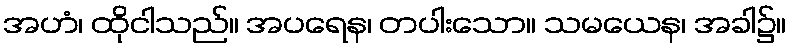
အဟံ၊ ထိုငါသည်။ အပရေန၊ တပါးသော။ သမယေန၊ အခါ၌။